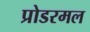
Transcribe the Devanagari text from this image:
प्रोडरमल